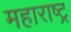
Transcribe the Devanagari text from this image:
महाराष्ट्र